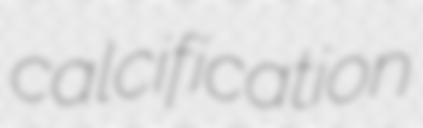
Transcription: calcification